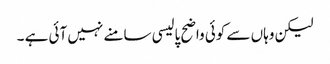
لیکن وہاں سے کوئی واضح پالیسی سامنے نہیں آئی ہے ۔